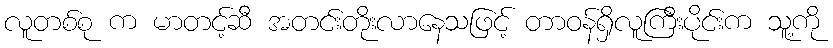
လူတစ်စု က မာတင့်ဆီ အတင်းတိုးလာနေသဖြင့် တာဝန်ရှိလူကြီးပိုင်းက သူ့ကို